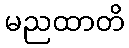
မညထာတိ